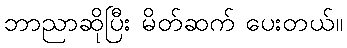
ဘာညာဆိုပြီး မိတ်ဆက် ပေးတယ်။